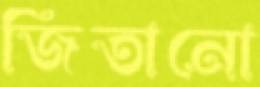
জিতানো